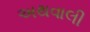
અથવાલી